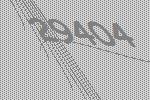
29404